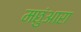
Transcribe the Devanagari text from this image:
मछुंआरा